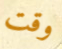
وقت